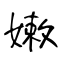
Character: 嫩